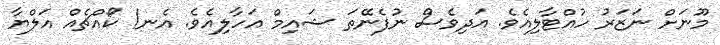
މޫނަށް ނަޒަރު ހުއްޓާލިއެވެ. އަދިވެސް ނުފެނޭތަ ޝައިމް އަހާލިއެވެ. އެނ! ކޯއްޗެއް އަލްޔާ